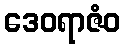
ဒေဝရာဇံဝ